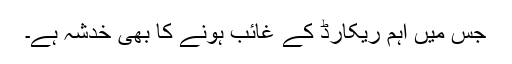
جس میں اہم ریکارڈ کے غائب ہونے کا بھی خدشہ ہے۔